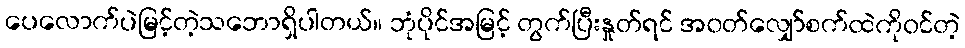
ပေလောက်ပဲမြင့်တဲ့သဘောရှိပါတယ်။ ဘုံပိုင်အမြင့် တွက်ပြီးနှုတ်ရင် အဝတ်လျှော်စက်ထဲကိုဝင်တဲ့